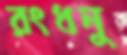
রংধনু